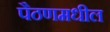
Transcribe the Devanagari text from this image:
पैठणमधील